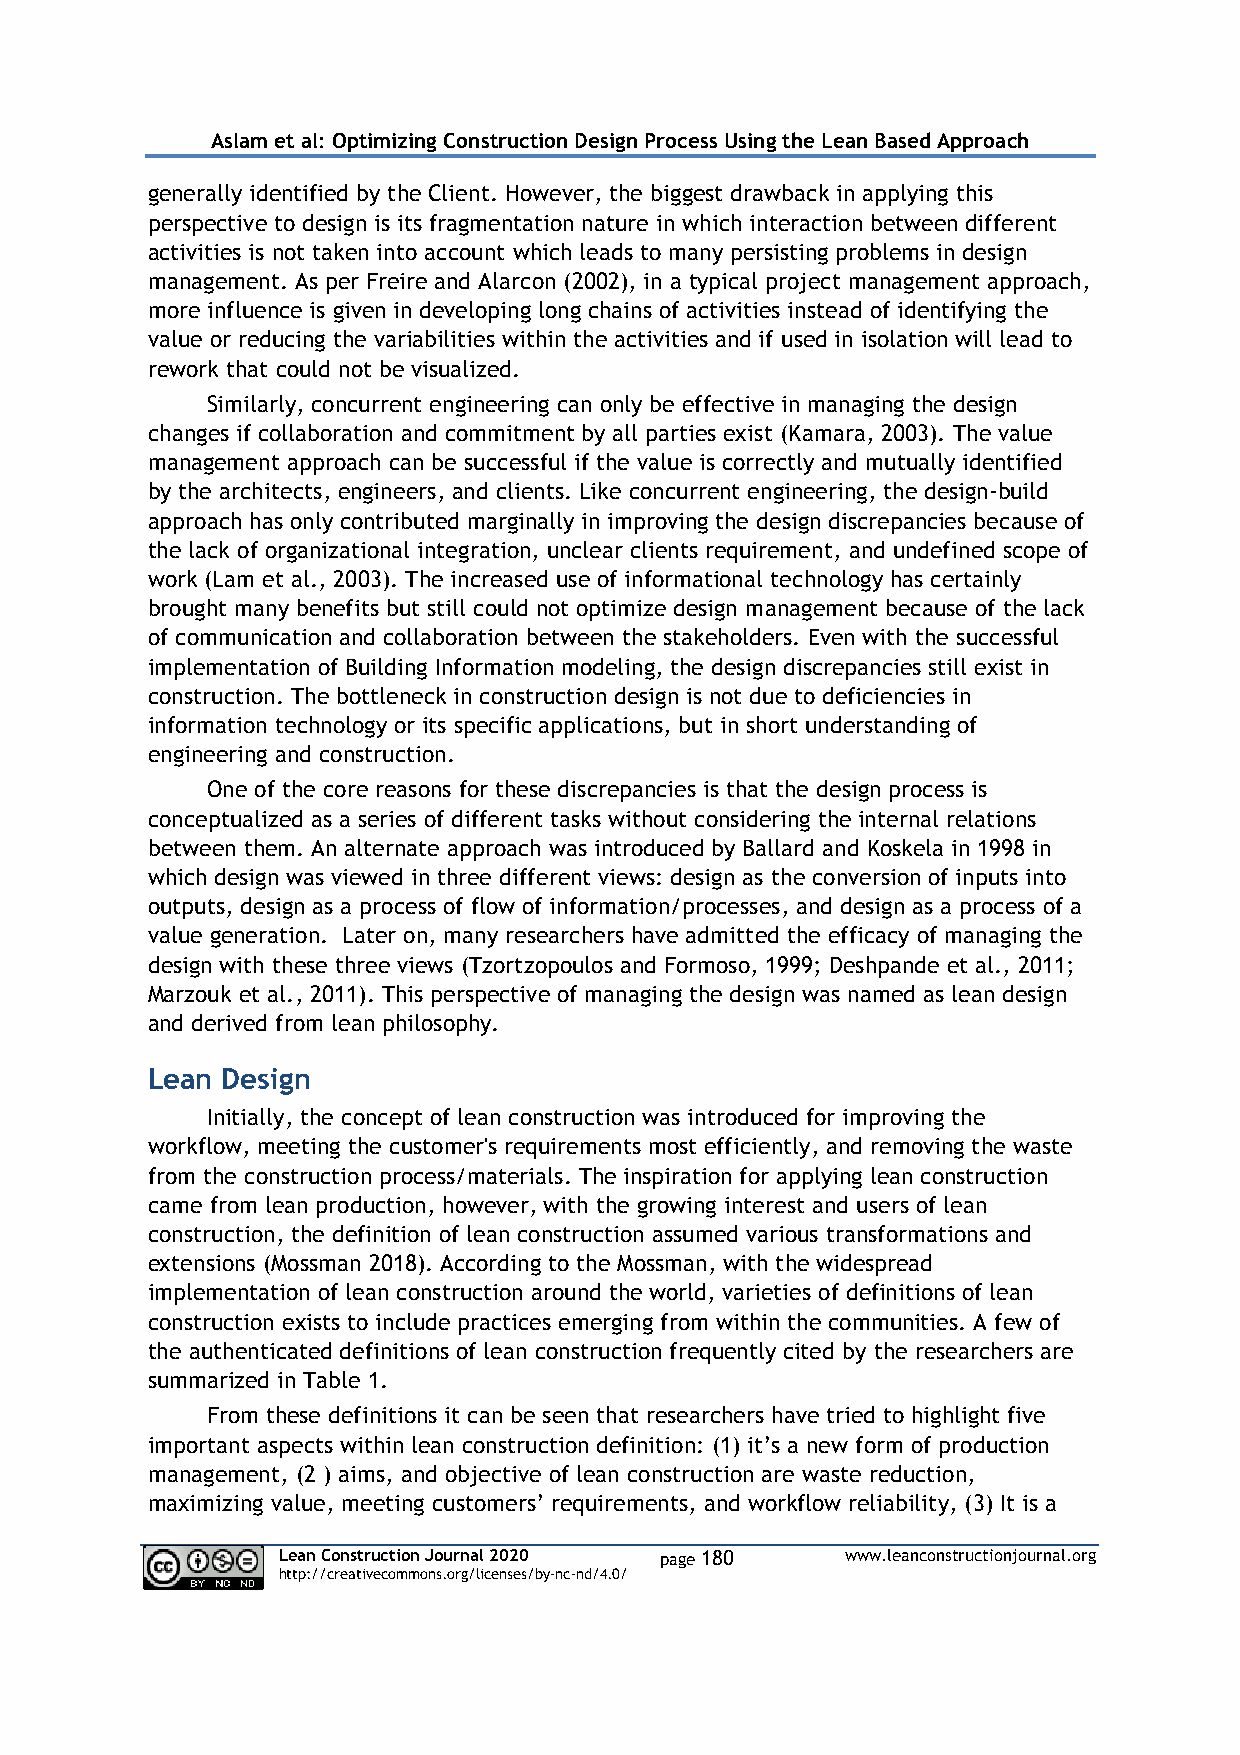
Aslam et al: Optimizing Construction Design Process Using the Lean Based Approach
 generally identified by the Client. However, the biggest drawback in applying this
 perspective to design is its fragmentation nature in which interaction between different
 activities is not taken into account which leads to many persisting problems in design
 management. As per Freire and Alarcon (2002), in a typical project management approach,
 more influence is given in developing long chains of activities instead of identifying the
 value or reducing the variabilities within the activities and if used in isolation will lead to
 rework that could not be visualized.
 Similarly, concurrent engineering can only be effective in managing the design
 changes if collaboration and commitment by all parties exist (Kamara, 2003). The value
 management approach can be successful if the value is correctly and mutually identified
 by the architects, engineers, and clients. Like concurrent engineering, the design-build
 approach has only contributed marginally in improving the design discrepancies because of
 the lack of organizational integration, unclear clients requirement, and undefined scope of
 work (Lam et al., 2003). The increased use of informational technology has certainly
 brought many benefits but still could not optimize design management because of the lack
 of communication and collaboration between the stakeholders. Even with the successful
 implementation of Building Information modeling, the design discrepancies still exist in
 construction. The bottleneck in construction design is not due to deficiencies in
 information technology or its specific applications, but in short understanding of
 engineering and construction.
 One of the core reasons for these discrepancies is that the design process is
 conceptualized as a series of different tasks without considering the internal relations
 between them. An alternate approach was introduced by Ballard and Koskela in 1998 in
 which design was viewed in three different views: design as the conversion of inputs into
 outputs, design as a process of flow of information/processes, and design as a process of a
 value generation. Later on, many researchers have admitted the efficacy of managing the
 design with these three views (Tzortzopoulos and Formoso, 1999; Deshpande et al., 2011;
 Marzouk et al., 2011). This perspective of managing the design was named as lean design
 and derived from lean philosophy.
 Lean Design
 Initially, the concept of lean construction was introduced for improving the
 workflow, meeting the customer's requirements most efficiently, and removing the waste
 from the construction process/materials. The inspiration for applying lean construction
 came from lean production, however, with the growing interest and users of lean
 construction, the definition of lean construction assumed various transformations and
 extensions (Mossman 2018). According to the Mossman, with the widespread
 implementation of lean construction around the world, varieties of definitions of lean
 construction exists to include practices emerging from within the communities. A few of
 the authenticated definitions of lean construction frequently cited by the researchers are
 summarized in Table 1.
 From these definitions it can be seen that researchers have tried to highlight five
 important aspects within lean construction definition: (1) it’s a new form of production
 management, (2 ) aims, and objective of lean construction are waste reduction,
 maximizing value, meeting customers’ requirements, and workflow reliability, (3) It is a
 Lean Construction Journal 2020 page 180 www.leanconstructionjournal.org
 http://creativecommons.org/licenses/by-nc-nd/4.0/